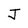
Character: J